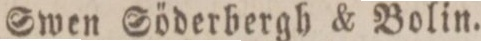
Swen Söderbergh & Bolin.